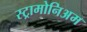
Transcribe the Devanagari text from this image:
स्ट्रामोनिअम